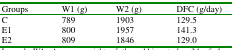
| Groups | W1 (g) | W2 (g) | DFC (g/day) |
 | --- | --- | --- | --- |
 | C | 789 | 1903 | 129.5 |
 | E1 | 800 | 1957 | 141.3 |
 | E2 | 809 | 1846 | 129.0 |